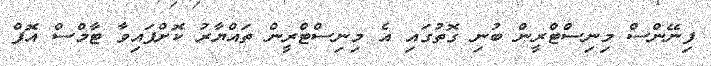
ފިނޭންސް މިނިސްޓްރީން ބުނި ގޮތުގައި އެ މިނިސްޓްރީން ތައްޔާރު ކޮށްފައިވާ ޓާމްސް އޮފް